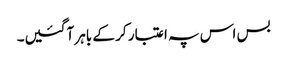
بس اس پہ اعتبار کر کے باہر آگئیں۔